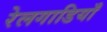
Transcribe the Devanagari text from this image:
रेलगाडियाँ